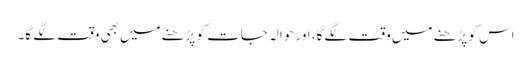
اس کو پڑھنے میں وقت لگے گا، اور حوالہ جات کو پڑھنے میں‌بھی وقت لگے گا۔